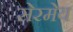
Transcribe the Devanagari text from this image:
सेरमेय